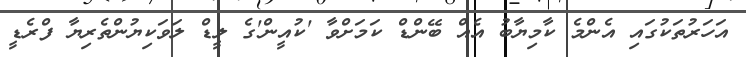
އަހަރުތަކުގައި އެންމެ ކާމިޔާބު އެއް ބޭންޑް ކަމަށްވާ 'ކުއީން'ގެ ލީޑް ލަވަކިޔުންތެރިޔާ ފްރެޑީ